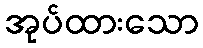
အုပ်ထားသော